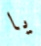
يا